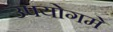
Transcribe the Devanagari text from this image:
उपयोगमे